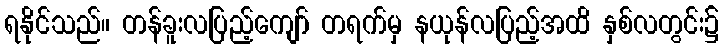
ရနိုင်သည်။ တန်ခူးလပြည့်ကျော် တရက်မှ နယုန်လပြည့်အထိ နှစ်လတွင်း၌